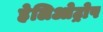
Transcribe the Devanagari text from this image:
हेलिओट्रोप